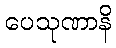
ပေသုဏာနိ